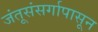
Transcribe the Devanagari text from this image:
जंतूसंसर्गापासून